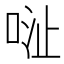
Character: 𱒺